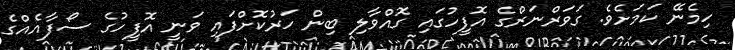
ހިމެނޭ ކަމަށެވެ. ގަވަރްނަރްގެ އޮފީހުގައި ގޮއްވާލި ބިން ހަރުކޮށްފައި ވަނީ އޮފީހުގެ ސޯފާއެއްގެ